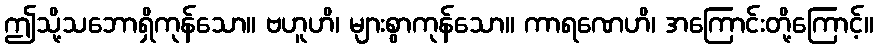
ဤသို့သဘောရှိကုန်သော။ ဗဟူဟိ၊ များစွာကုန်သော။ ကာရဏေဟိ၊ အကြောင်းတို့ကြောင့်။